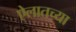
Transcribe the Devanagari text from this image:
ऐलातच्या